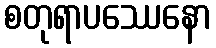
စတုရာပဿေနော